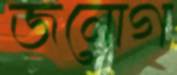
জনোগ